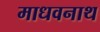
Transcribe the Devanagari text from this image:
माधवनाथ